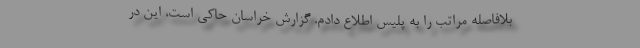
بلافاصله مراتب را به پلیس اطلاع دادم. گزارش خراسان حاکی است، این در